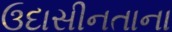
ઉદાસીનતાના